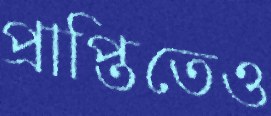
প্রাপ্তিতেও